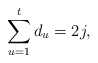
\begin{align*}\sum_{u = 1}^t d_u = 2j,\end{align*}